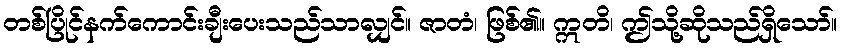
တစ်ပြိုင်နက်ကောင်းချီးပေးသည်သာလျှင်။ ဇာတံ၊ ဖြစ်၏။ ဣတိ၊ ဤသို့ဆိုသည်ရှိသော်။